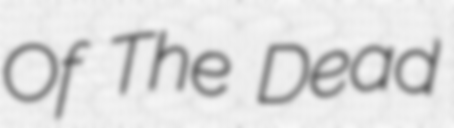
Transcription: Of The Dead